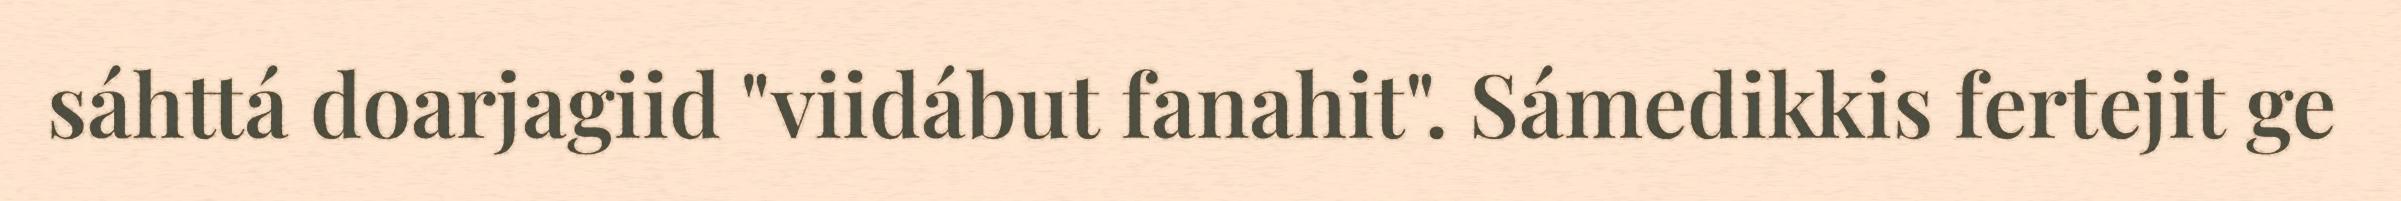
sáhttá doarjagiid "viidábut fanahit". Sámedikkis fertejit ge